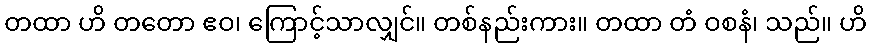
တထာ ဟိ တတော ဧဝ၊ ကြောင့်သာလျှင်။ တစ်နည်းကား။ တထာ တံ ဝစနံ၊ သည်။ ဟိ